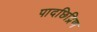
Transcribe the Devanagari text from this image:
पादछिद्रिण